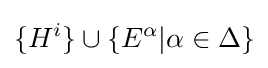
\{H^{i}\}\cup \{E^{\alpha }|\alpha \in \Delta \}